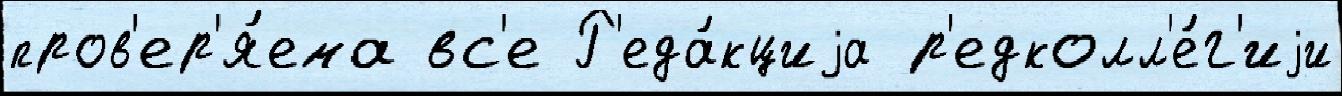
пров'ер'я́ема вс'е Р'еда́кциjа р'едколл'е́г'иjи